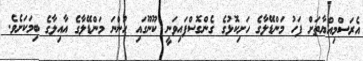
އެރަސްމިއްޔާތަށް ފަހު މަންޑޭލާގެ ހަށިކޮޅުގެ ގެންގޮސްފައިވަނީ ކޫނޫގައި ހުންނަ މަންޑޭލާގެ އާއިލާގެ ބިމަކަށެވެ.